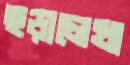
ছড়ালেখা